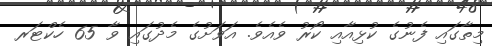
މިތާގައި ފެނުގެ ކުޅިއާއި ކޯރު ވެއެވެ. އަވަށުގެ މެދުގައި ވާ 65 ހެކްޓަރ